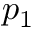
p _ { 1 }